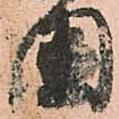
國